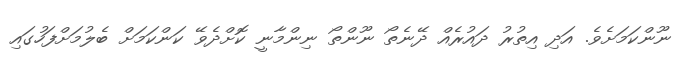
ނޫންކަމަށެވެ. އަދި އިތުރު ދައުރެއް ދޭނެތޯ ނޫންތޯ ނިންމާނީ ކޮށްދެވޭ ކަންކަމަށް ބެލުމަށްފަހުގައި